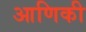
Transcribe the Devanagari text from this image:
आणिकी